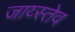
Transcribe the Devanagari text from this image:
जाय्स्तेव